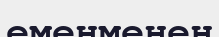
еменменен